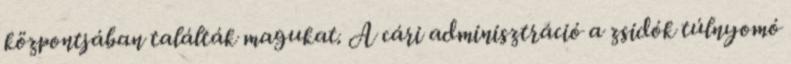
központjában találták magukat. A cári adminisztráció a zsidók túlnyomó